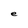
Character: e